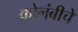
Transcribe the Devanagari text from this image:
कोलंबीचे